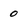
Character: 0